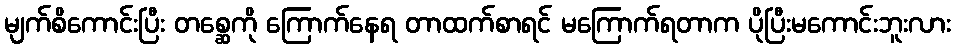
မျက်စိကောင်းပြီး တစ္ဆေကို ကြောက်နေရ တာထက်စာရင် မကြောက်ရတာက ပိုပြီးမကောင်းဘူးလား